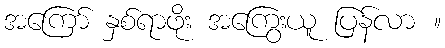
အကြော် နှစ်ရာဖိုး အကြွေးယူ ပြန်လာ ။